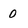
Character: 0